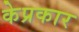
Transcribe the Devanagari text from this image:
केप्रकार